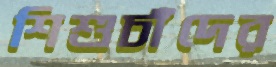
শিশুচাঁদের